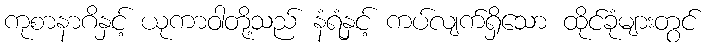
ကုစာနာဂိနှင့် ယုကာဝါတို့သည် နံရံနှင့် ကပ်လျက်ရှိသော ထိုင်ခုံများတွင်